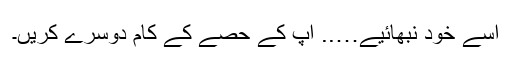
اسے خود نبھائیے….. آپ کے حصے کے کام دوسرے کریں۔